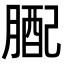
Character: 𦟊